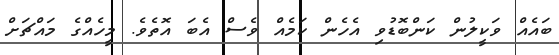
ބައެއް ވަކީލުން ކަންބޮޑުވި އެހެން ކަމެއް ވެސް އެބަ އޮތެވެ. މީހެއްގެ މައްޗަށް